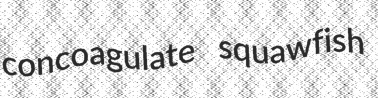
concoagulate squawfish